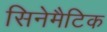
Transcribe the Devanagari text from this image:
सिनेमैटिक